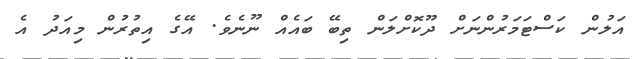
އަލުން ކަސްޓަމަރުންނަށް ދޫކޮށްލަން ތިބޭ ބައެއް ނޫނެވެ. އޭގެ އިތުރުން މިއަދު އެ